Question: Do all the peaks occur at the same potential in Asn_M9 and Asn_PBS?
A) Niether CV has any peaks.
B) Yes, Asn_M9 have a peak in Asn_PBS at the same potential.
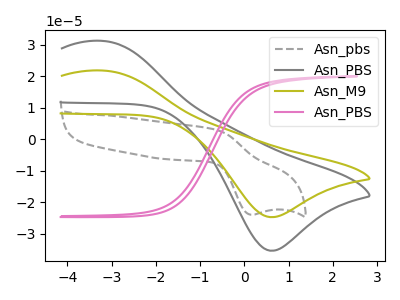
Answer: <think>The gray dashed curve "Asn_pbs" has an anodic peak at (-0.65V, 3.05uA) and a cathodic peak at (0.15V, -24.00uA). The gray curve "Asn_PBS" has an anodic peak at (-3.20V, 31.25uA) and a cathodic peak at (0.60V, -35.45uA). The olive curve "Asn_M9" has an anodic peak at (-3.20V, 21.85uA) and a cathodic peak at (0.60V, -24.75uA). The pink curve "Asn_PBS" has no peaks.</think>
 <answer>B) Yes, "Asn_M9" have a peak in "Asn_PBS" at the same potential.</answer>
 <eval>B</eval>